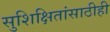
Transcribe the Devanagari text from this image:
सुशिक्षितांसाठीही